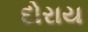
દોરાય